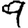
Digit: 9